Reports on dispensaries and lunatic asylums in the Province of Oudh - 1869-1876
Year: 1869
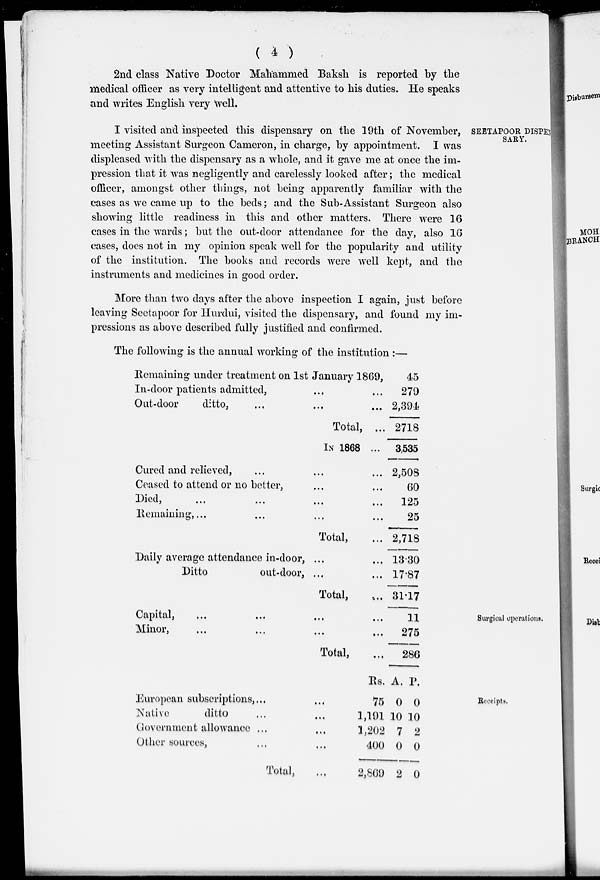
( 4 )
2nd class Native Doctor Mahammed Baksh is reported by the
medical officer as very intelligent and attentive to his duties. He speaks
and writes English very well.
SEETAPOOR DISPEN
SARY.
I visited and inspected this dispensary on the 19th of November,
meeting Assistant Surgeon Cameron, in charge, by appointment. I was
displeased with the dispensary as a whole, and it gave me at once the im-
pression that it was negligently and carelessly looked after; the medical
officer, amongst other things, not being apparently familiar with the
cases as we came up to the beds; and the Sub-Assistant Surgeon also
showing little readiness in this and other matters. There were 16
cases in the wards; but the out-door attendance for the day, also 16
cases, does not in my opinion speak well for the popularity and utility
of the institution. The books and records were well kept, and the
instruments and medicines in good order.
More than two days after the above inspection I again, just before
leaving Seetapoor for Hurdui, visited the dispensary, and found my im-
pressions as above described fully justified and confirmed.
The following is the annual working of the institution :—
Remaining under treatment on 1st January 1869,
In-door patients admitted, ... ...
Out-door
ditto, ... ... ...
Total, ...
IN 1868 ...
Cured and relieved, ... ... ...
Ceased to attend or no better, ... ...
Died, ... ... ... ...
Remaining, ... ... ... ...
Total, ...
Daily average attendance in-door, ... ...
Ditto
out-door, ... ...
Total, ...
45
279
2,394
2718
3,535
2,508
60
125
25
2,718
13.30
17.87
31.17
Surgical operations.
Capital, ... ... ... ...
Minor, ... ... ... ...
Total, ...
11
275
286
Receipts.
European subscriptions, ... ...
Native
ditto ... ...
Government allowance ... ...
Other sources, ... ...
Total, ...
Rs.
75
1,191
1,202
400
2,869
A.
0
10
7
0
2
P.
0
10
2
0
0